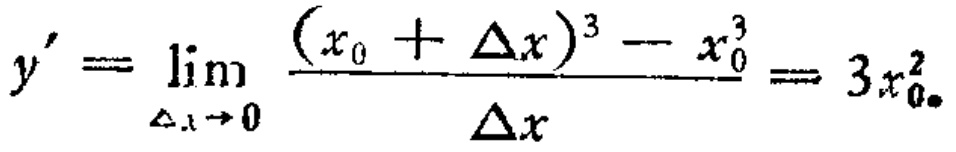
\[y^{\prime}=\lim_{\Delta x\rightarrow0}\frac{(x_{0}+\Delta x)^{3}-x_{0}^{3}}{\Delta x}=3x_{0}^{2}\]